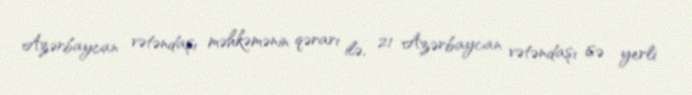
Azərbaycan vətəndaşı məhkəmənin qərarı ilə, 21 Azərbaycan vətəndaşı isə yerli